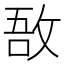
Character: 敔